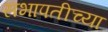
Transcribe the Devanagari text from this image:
सभापतीच्या